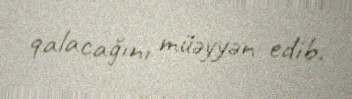
qalacağını müəyyən edib.